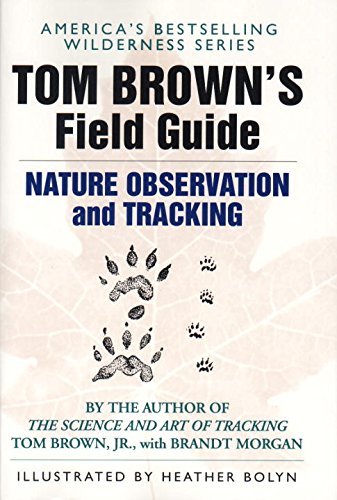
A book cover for Tom Brown's Field Guide to Nature Observation and Tracking; Tom Brown; Science & Math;